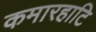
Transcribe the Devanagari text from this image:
कमारहाटि